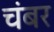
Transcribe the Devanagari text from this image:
चंबर